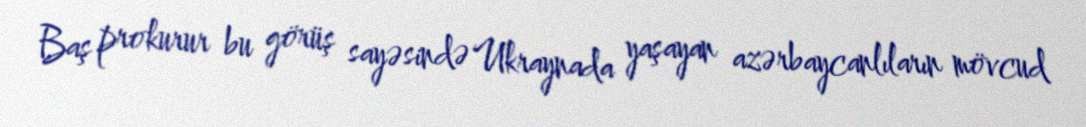
Baş prokurur bu görüş sayəsində Ukraynada yaşayan azərbaycanlıların mövcud